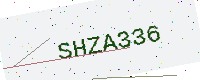
Text: SHZA336